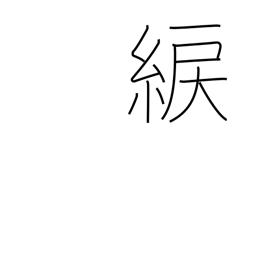
Meaning: yellowish green